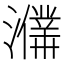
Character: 𤃙